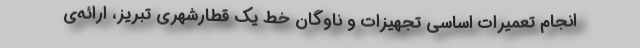
انجام تعمیرات اساسی تجهیزات و ناوگان خط یک قطارشهری تبریز، ارائه‌ی